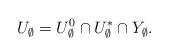
LaTeX: \begin{align*}U_{\emptyset} =U_{\emptyset}^0\cap U_{\emptyset}^*\cap Y_{\emptyset}.\end{align*}